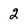
Character: 2